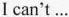
I can't ...